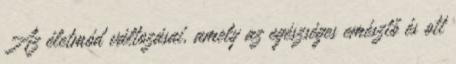
Az életmód változásai, amely az egészséges emésztő és ott